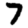
Digit: 7